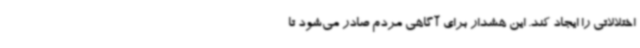
اختلالاتی را ایجاد کند. این هشدار برای آگاهی مردم صادر می‌شود تا